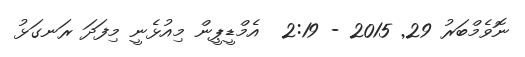
ނޮވެމްބަރު 29